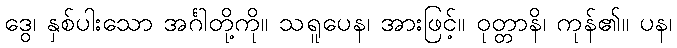
ဒွေ၊ နှစ်ပါးသော အင်္ဂါတို့ကို။ သရူပေန၊ အားဖြင့်။ ဝုတ္တာနိ၊ ကုန်၏။ ပန၊